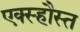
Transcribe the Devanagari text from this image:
एक्स्हौस्त